Indian journal of veterinary science and animal husbandry - Volume 8,
Year: 1938
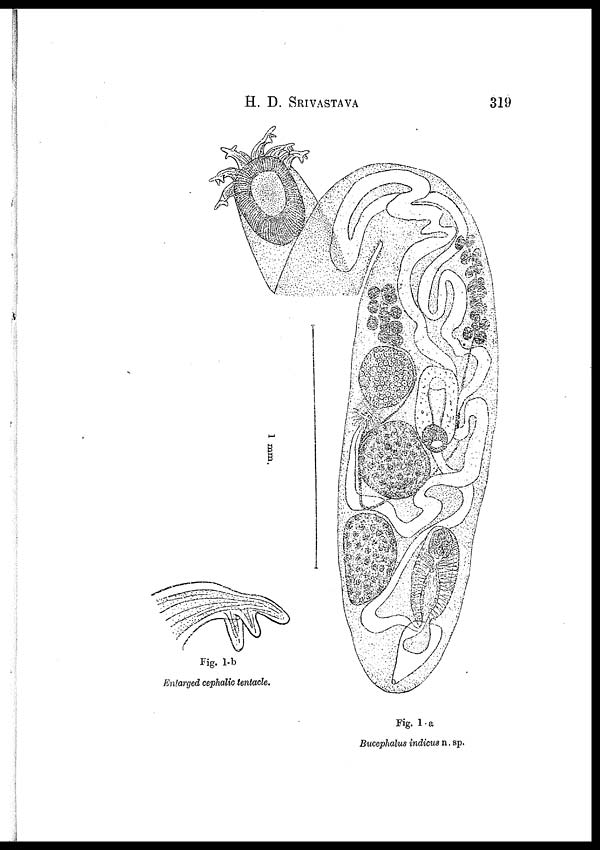
H. D.
SRIVASTAVA
319
Fig. 1-b
Enlarged cephalic tentacle.
Fig. 1-a
Bucephalus indicus n. sp.